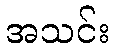
အသင်း